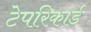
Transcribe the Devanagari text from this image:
टेपरिकार्ड